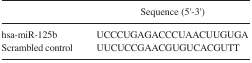
<table><thead><tr><td></td><td><b>Sequence (5′-3′)</b></td></tr></thead><tbody><tr><td>hsa-miR-125b</td><td>UCCCUGAGACCCUAACUUGUGA</td></tr><tr><td>Scrambled control</td><td>UUCUCCGAACGUGUCACGUTT</td></tr></tbody></table>